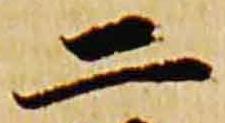
二